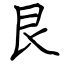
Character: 艮